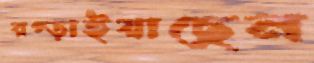
রগ্‌ড়াইয়াছেন